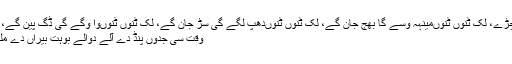
ٹاہلی میرے بچڑے، لک ٹُنوں ٹُنوںمینہہ وسے گا بھج جان گے، لک ٹُنوں ٹُنوںدُھپ لگے گی سڑ جان گے، لک ٹُنوں ٹُنوںوا وگے گی ڈگ پین گے، لک ٹُنوں ٹُنوں
وقت سی جدوں پنڈ دے آلے دوالے بوہت بیراں دے ملھے ہُندے سن۔